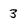
Character: 3